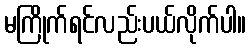
မကြိုက်ရင်လည်းပယ်လိုက်ပါ။